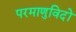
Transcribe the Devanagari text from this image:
परमाणुविदों